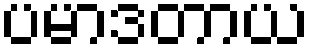
ပမာဒတာယ